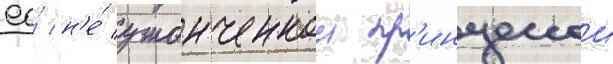
ео́ "н'е́ утонченнои пр'инцессои